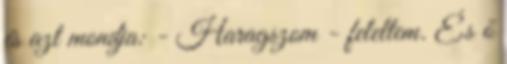
és azt mondja: - Haragszom - feleltem. És ő